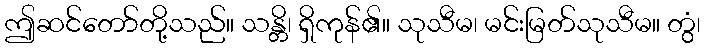
ဤဆင်တော်တို့သည်။ သန္တိ၊ ရှိကုန်၏။ သုသီမ၊ မင်းမြတ်သုသီမ။ တွံ၊